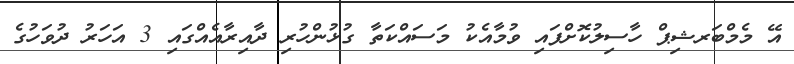
އޭ މެމްބަރޝިޕް ހާސިލުކޮށްފައި ވުމާއެކު މަސައްކަތާ ގުޅުންހުރި ދާއިރާއެއްގައި 3 އަހަރު ދުވަހުގެ